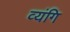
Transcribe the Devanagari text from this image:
व्यंगि